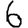
Digit: 6